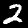
Digit: 2